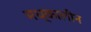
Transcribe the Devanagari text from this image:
मध्कालीन